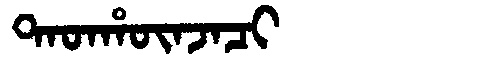
Manchu: ᡨᠠᡨᡥᡡᠨᠵᠠᠴᡳ
Romanization: TATHŪNJACI